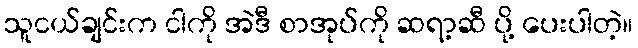
သူငယ်ချင်းက ငါကို အဲဒီ စာအုပ်ကို ဆရာ့ဆီ ပို့ ပေးပါတဲ့။